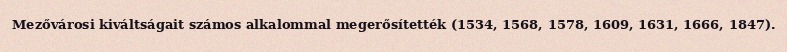
Mezővárosi kiváltságait számos alkalommal megerősítették (1534, 1568, 1578, 1609, 1631, 1666, 1847).